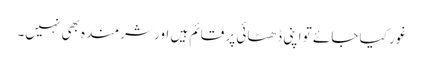
غور کیا جائے تو اپنی ڈھٹائی پر قائم ہیں اور شرمندہ بھی نہیں۔